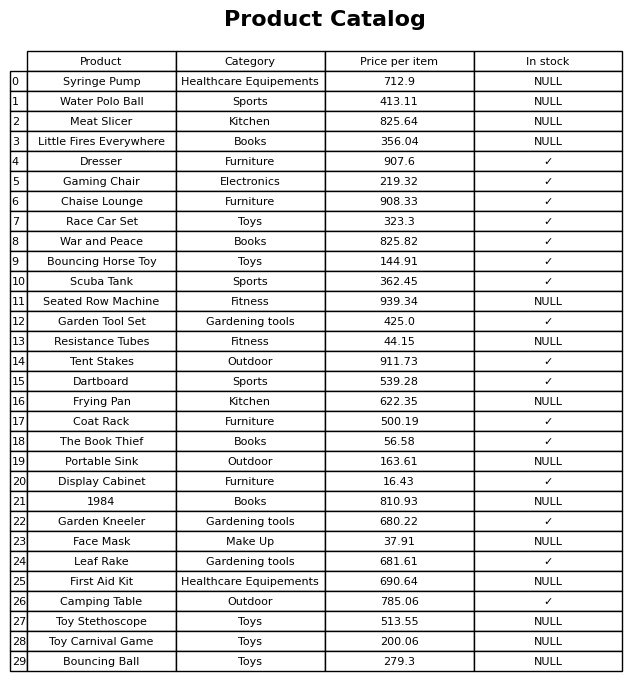
question: What is the price for Toy Carnival Game?
answer: The price of Toy Carnival Game is 200.06.